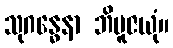
သုဂန္ဓေနာ ဘိပူဇယုံ။